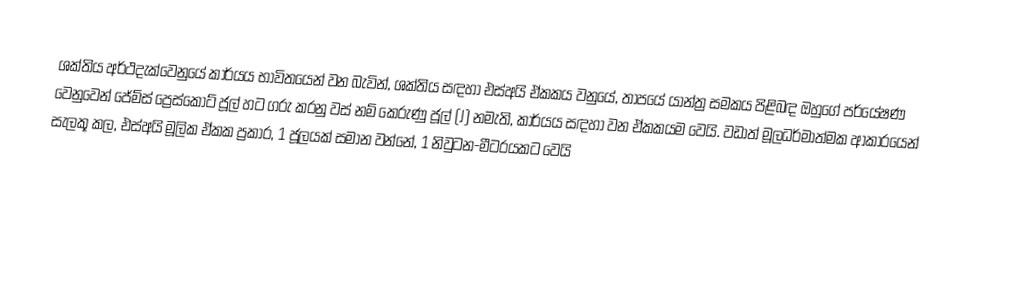
ශක්තිය අර්ථදැක්වෙනුයේ කාර්යය භාවිතයෙන් වන බැවින්, ශක්තිය සඳහා එස්අයි ඒකකය වනුයේ,  තාපයේ යාන්ත්‍ර සමකය පිළිබඳ ඔහුගේ පර්යේෂණ වෙනුවෙන් ජේම්ස් ප්‍රෙස්කොට් ජූල්  හට ගරු කරනු වස් නම් කෙරුණු ජූල් (J) නමැති, කාර්යය සඳහා වන ඒකකයම වෙයි. වඩාත් මූලධර්මාත්මක ආකාරයෙන් සැලකූ කල,  එස්අයි මූලික ඒකක ප්‍රකාර,  1 ජූලයක් සමාන වන්නේ,  1 නිවුටන-මීටරයකට වෙයි